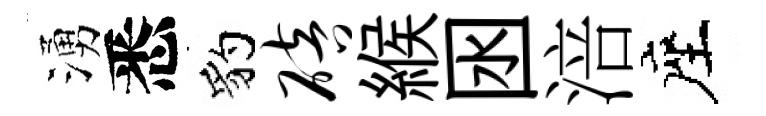
湧悉豹碚緱囦涪座